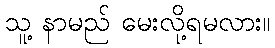
သူ့ နာမည် မေးလို့ရမလား။